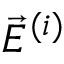
\vec { E } ^ { ( i ) }